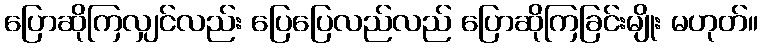
ပြောဆိုကြလျှင်လည်း ပြေပြေလည်လည် ပြောဆိုကြခြင်းမျိုး မဟုတ်။